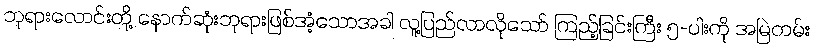
ဘုရားလောင်းတို့ နောက်ဆုံးဘုရားဖြစ်အံ့သောအခါ လူ့ပြည်လာလိုသော် ကြည့်ခြင်းကြီး ၅-ပါးကို အမြဲတမ်း